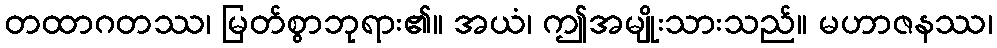
တထာဂတဿ၊ မြတ်စွာဘုရား၏။ အယံ၊ ဤအမျိုးသားသည်။ မဟာဇနဿ၊